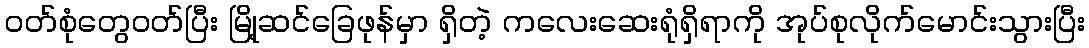
ဝတ်စုံတွေဝတ်ပြီး မြို့ဆင်ခြေဖုန်မှာ ရှိတဲ့ ကလေးဆေးရုံရှိရာကို အုပ်စုလိုက်မောင်းသွားပြီး